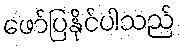
ဖော်ပြနိုင်ပါသည်